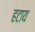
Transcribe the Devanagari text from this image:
हटाय